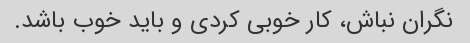
نگران نباش، کار خوبی کردی و باید خوب باشد.